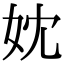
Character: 妉